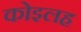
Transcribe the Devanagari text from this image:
कोइलह